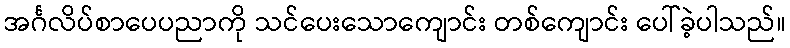
အင်္ဂလိပ်စာပေပညာကို သင်ပေးသောကျောင်း တစ်ကျောင်း ပေါ်ခဲ့ပါသည်။